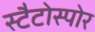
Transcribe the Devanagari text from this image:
स्टैटोस्पोर